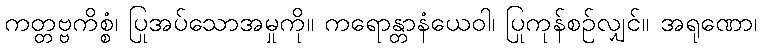
ကတ္တဗ္ဗကိစ္စံ၊ ပြုအပ်သောအမှုကို။ ကရောန္တာနံယေဝါ၊ ပြုကုန်စဉ်လျှင်။ အရုဏော၊